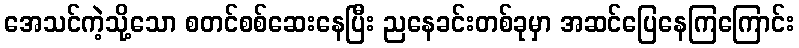
အေသင်ကဲ့သို့သော စတင်စစ်ဆေးနေပြီး ညနေခင်းတစ်ခုမှာ အဆင်ပြေနေကြကြောင်း